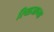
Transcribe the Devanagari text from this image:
रियाजाच्या